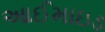
આઈમાઇડ